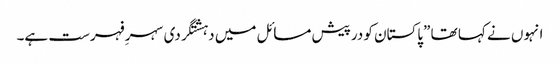
انہوں نے کہا تھا ”پاکستان کو درپیش مسائل میں دہشتگردی سہرِ فہرست ہے۔